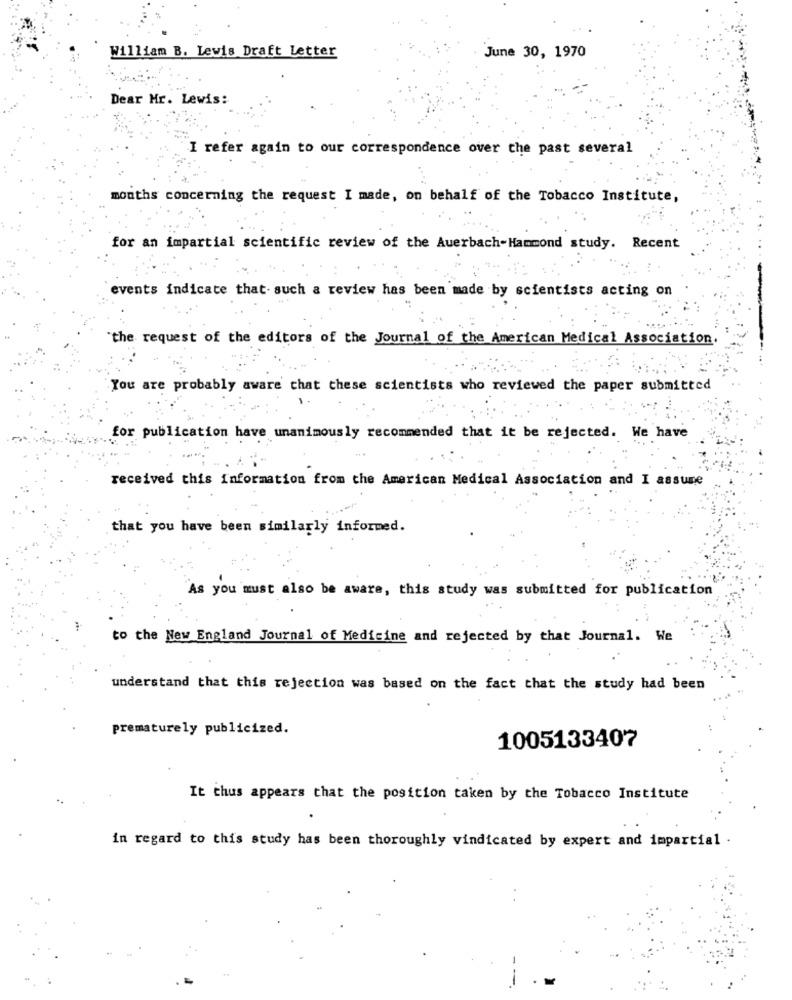
William B. Lewis Draft Letter
June 30, 1970
Dear Mr. Lewis:
I refer again to our correspondence over the past several
months concerning the request I made, on behalf of the Tobacco Institute,
for an impartial scientific review of the Auerbach-Hammond study. Recent
events indicate that- such a review has been made by scientists acting on
"the request of the editors of the Journal of the American Medical Association
You are probably aware that these scientists who reviewed the paper submitted
for publication have unanimously recommended that it be rejected. We have
received this Information from the American Medical Association and I assume
that you have been similarly informed.
As you must also be aware, this study was submitted for publication
to the New England Journal of Medicine and rejected by that Journal. We
understand that this rejection was based on the fact that the study had been
...
prematurely publicized.
1005133407
It thus appears that the position taken by the Tobacco Institute
in regard to this study has been thoroughly vindicated by expert and impartial .